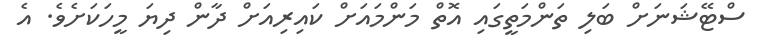
ސްޓޭޝަނަށް ބަލި ތަންމަތީގައި އޮތް މަންމައަށް ކައިރިއަށް ދާން ދިޔަ މީހަކަށެވެ. އެ